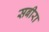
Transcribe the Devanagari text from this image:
सबीरा